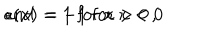
LaTeX: \: \epsilon ( x ) = 1 \; \mathrm { f o r } \: x > 0 \, , \hspace { 0 . 2 c m } \mathrm { a n d } \: = - 1 \; \mathrm { f o r } \: x < 0 \: